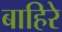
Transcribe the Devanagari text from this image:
बाहिरे